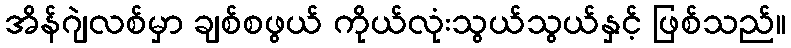
အိန်ဂျဲလစ်မှာ ချစ်စဖွယ် ကိုယ်လုံးသွယ်သွယ်နှင့် ဖြစ်သည်။